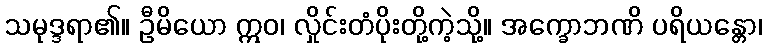
သမုဒ္ဒရာ၏။ ဦမိယော ဣဝ၊ လှိုင်းတံပိုးတို့ကဲ့သို့။ အက္ခောဘဏိ ပရိယန္တော၊